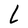
Character: L